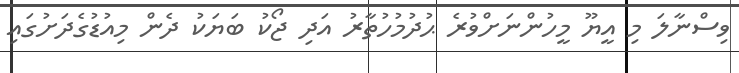
ވިސްނާލަ މި އީޔޫ މީހުންނަށްވުރެ ޙުދުމުހުތާރު އަދި ޖޯކު ބަޔަކު ދެން މިއުޑުގެދަށުގައި